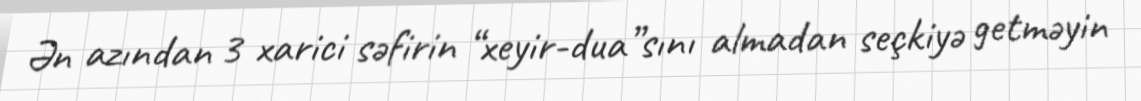
Ən azından 3 xarici səfirin “xeyir-dua”sını almadan seçkiyə getməyin